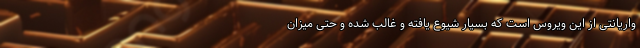
واریانتی از این ویروس است که بسیار شیوع یافته و غالب شده و حتی میزان